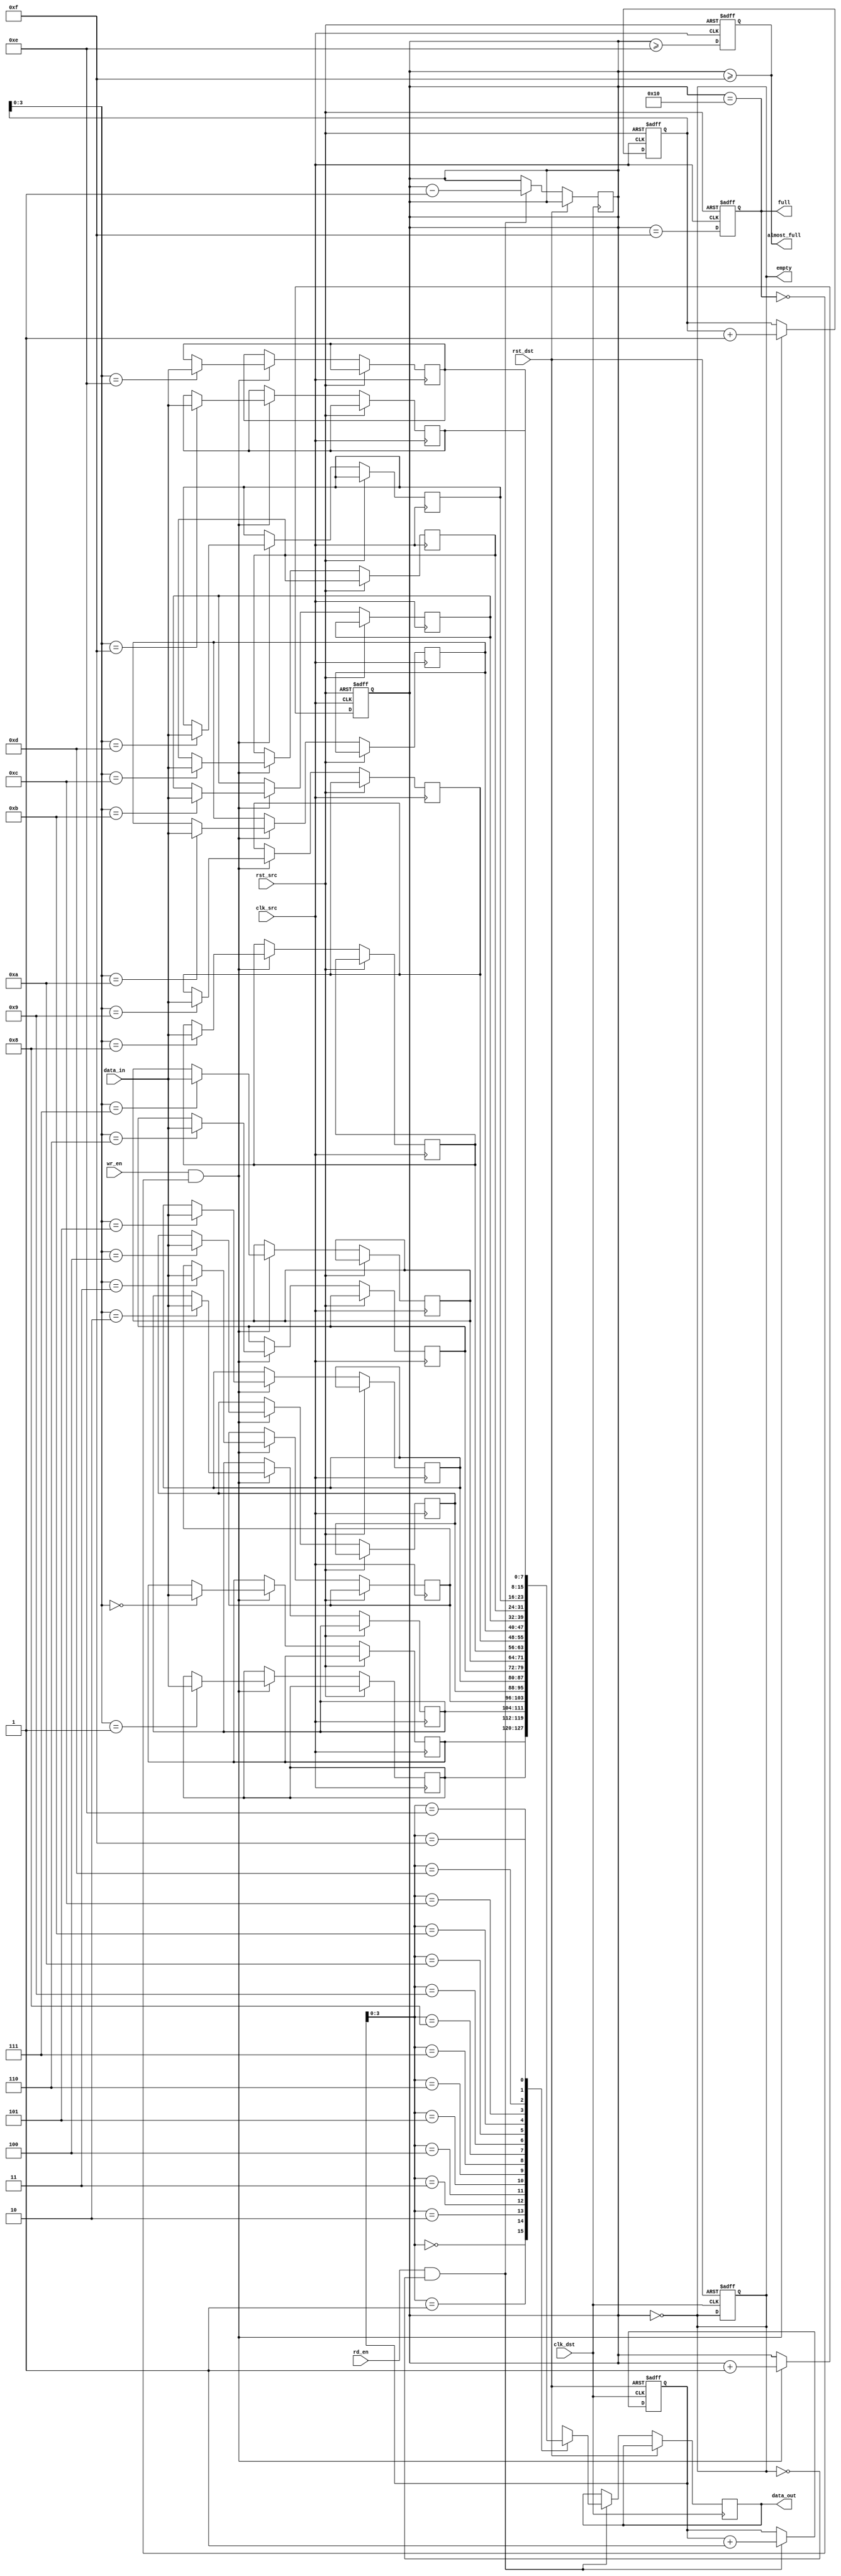
module fifo_synchronizer #(
    parameter DATA_WIDTH = 8,  // Width of the data
    parameter FIFO_DEPTH = 16   // Depth of the FIFO
)(
    input wire clk_src,         // Source clock
    input wire clk_dst,         // Destination clock
    input wire rst_src,         // Asynchronous reset for source clock domain
    input wire rst_dst,         // Asynchronous reset for destination clock domain
    input wire wr_en,           // Write enable signal
    input wire rd_en,           // Read enable signal
    input wire [DATA_WIDTH-1:0] data_in, // Data input
    output reg [DATA_WIDTH-1:0] data_out, // Data output
    output reg empty,           // FIFO empty flag
    output reg full,            // FIFO full flag
    output reg almost_full      // FIFO almost full flag
);

    // FIFO memory
    reg [DATA_WIDTH-1:0] fifo_mem [0:FIFO_DEPTH-1];
    reg [4:0] wr_ptr;          // Write pointer
    reg [4:0] rd_ptr;          // Read pointer
    reg [4:0] count;           // Number of elements in FIFO

    // Synchronization registers
    reg [4:0] wr_ptr_sync1, wr_ptr_sync2; // Synchronization for write pointer
    reg [4:0] rd_ptr_sync1, rd_ptr_sync2; // Synchronization for read pointer

    // Write Logic (Source Clock Domain)
    always @(posedge clk_src or posedge rst_src) begin
        if (rst_src) begin
            wr_ptr <= 0;
            count <= 0;
            full <= 0;
            almost_full <= 0;
        end else begin
            if (wr_en && !full) begin
                fifo_mem[wr_ptr] <= data_in;
                wr_ptr <= wr_ptr + 1;
                count <= count + 1;
            end
            // Update full and almost_full flags
            full <= (count == FIFO_DEPTH - 1);
            almost_full <= (count >= FIFO_DEPTH - 2);
        end
    end

    // Read Logic (Destination Clock Domain)
    always @(posedge clk_dst or posedge rst_dst) begin
        if (rst_dst) begin
            rd_ptr <= 0;
            empty <= 1;
        end else begin
            if (rd_en && !empty) begin
                data_out <= fifo_mem[rd_ptr];
                rd_ptr <= rd_ptr + 1;
                count <= count - 1;
            end
            // Update empty flag
            empty <= (count == 0);
        end
    end

    // Synchronize Write Pointer to Destination Clock Domain
    always @(posedge clk_dst or posedge rst_dst) begin
        if (rst_dst) begin
            wr_ptr_sync1 <= 0;
            wr_ptr_sync2 <= 0;
        end else begin
            wr_ptr_sync1 <= wr_ptr;
            wr_ptr_sync2 <= wr_ptr_sync1;
        end
    end

    // Synchronize Read Pointer to Source Clock Domain
    always @(posedge clk_src or posedge rst_src) begin
        if (rst_src) begin
            rd_ptr_sync1 <= 0;
            rd_ptr_sync2 <= 0;
        end else begin
            rd_ptr_sync1 <= rd_ptr;
            rd_ptr_sync2 <= rd_ptr_sync1;
        end
    end

    // Update empty and full flags based on synchronized pointers
    always @(*) begin
        empty = (count == 0);
        full = (count == FIFO_DEPTH);
        almost_full = (count >= FIFO_DEPTH - 1);
    end

endmodule